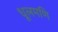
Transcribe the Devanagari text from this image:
धूलमणि